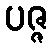
ပဇ္ဇ